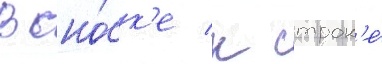
В сно́ск'е к строк'е́